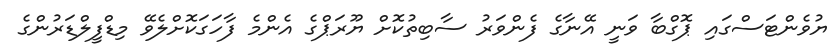
ޔުވެންޓަސްގައި ޕޮގްބާ ވަނީ އޭނާގެ ފެންވަރު ސާބިތުކޮށް ޔޫރަޕްގެ އެންމެ ފާހަގަކޮށްލެވޭ މިޑްފީލްޑަރުންގެ